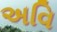
અવિ